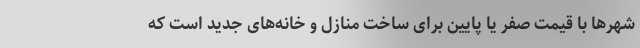
شهرها با قیمت صفر یا پایین برای ساخت منازل و خانه‌های جدید است که